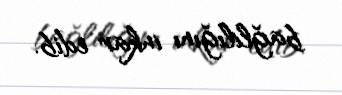
bağlılığını inkar edib.